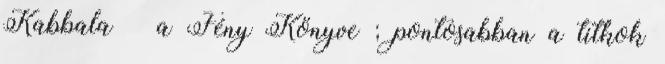
Kabbala – a Fény Könyve ; pontosabban a titkok